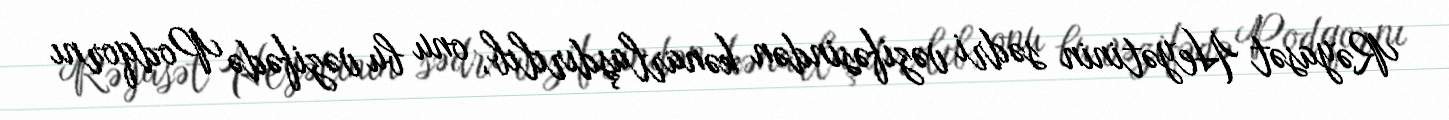
Rəyasət Heyətinin sədri vəzifəsindən kənarlaşdırılıb, onu bu vəzifədə Podqornı